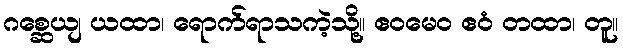
ဂစ္ဆေယျ ယထာ၊ ရောက်ရာသကဲ့သို့။ ဧဝမေဝ ဧဝံ တထာ၊ တူ။